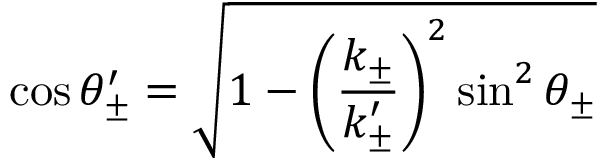
\cos \theta _ { \pm } ^ { \prime } = \sqrt { 1 - \left( \frac { k _ { \pm } } { k _ { \pm } ^ { \prime } } \right) ^ { 2 } \sin ^ { 2 } \theta _ { \pm } }